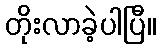
တိုးလာခဲ့ပါပြီ။